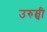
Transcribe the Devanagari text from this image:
उरुम्ची